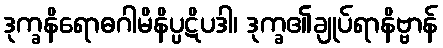
ဒုက္ခနိရောဓဂါမိနိပ္ပဋိပဒါ၊ ဒုက္ခ၏ချုပ်ရာနိဗ္ဗာန်